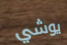
يوشي